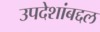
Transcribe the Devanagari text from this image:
उपदेशांबद्दल